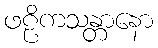
ဖဠိကသန္တာနော